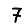
Digit: 7